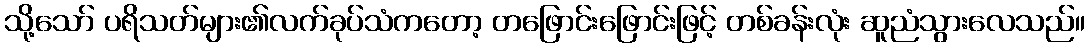
သို့သော် ပရိသတ်များ၏လက်ခုပ်သံကတော့ တဖြောင်းဖြောင်းဖြင့် တစ်ခန်းလုံး ဆူညံသွားလေသည်။